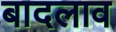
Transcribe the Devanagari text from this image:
बादलाव